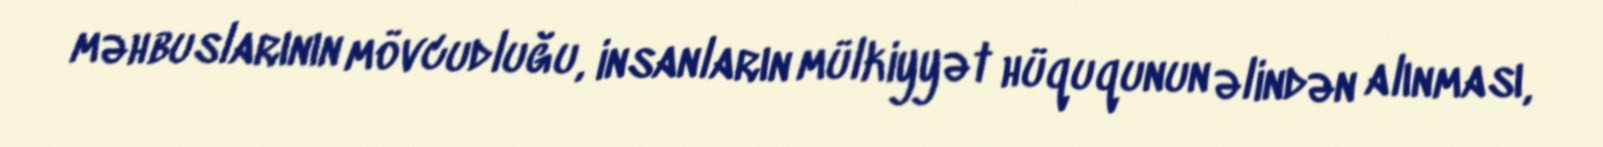
məhbuslarının mövcudluğu, insanların mülkiyyət hüququnun əlindən alınması,